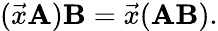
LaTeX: ({\vec{x}}\mathbf{A})\mathbf{B}={\vec{x}}(\mathbf{AB}).